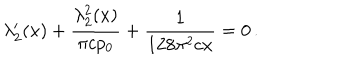
\lambda _ { 2 } ^ { \prime } ( x ) + \frac { \lambda _ { 2 } ^ { 2 } ( x ) } { \pi c p _ { 0 } } + \frac { 1 } { 1 2 8 \pi ^ { 2 } c x } = 0 \, .